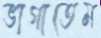
ভাগাতেম